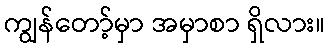
ကျွန်တော့်မှာ အမှာစာ ရှိလား။